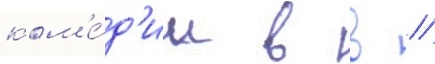
ком'е́д'ии в в //